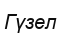
Гүзел